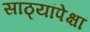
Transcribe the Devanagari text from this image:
साठ्यांपेक्षा